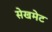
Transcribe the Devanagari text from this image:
सेखमेट